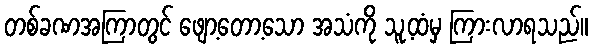
တစ်ခဏအကြာတွင် ဖျော့တော့သော အသံကို သူ့ထံမှ ကြားလာရသည်။